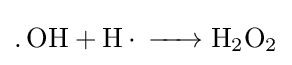
{\ce {.OH + H. -> H2O2}}